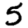
Digit: 5